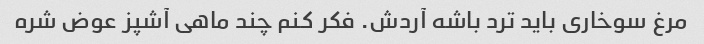
مرغ سوخاری باید ترد باشه آردش. فکر کنم چند ماهی آشپز عوض شره